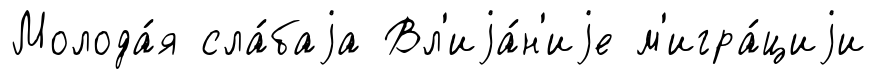
Молода́я сла́баjа Вл'иjа́н'иjе м'игра́циjи